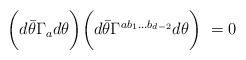
\begin{align*}\biggl ( d{\bar \theta} \Gamma_ad\theta\biggr ) \biggl(d{\bar \theta} \Gamma^{ab_{1}\ldots b_{d-2}} d\theta\biggr )~=0\end{align*}